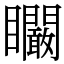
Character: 矙